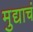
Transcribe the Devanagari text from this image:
मुद्याचं